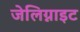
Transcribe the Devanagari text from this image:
जेलिग्नाइट